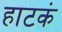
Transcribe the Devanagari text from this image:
हाटकं